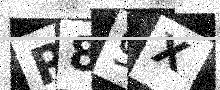
Text: R89X